Annual administration and progress report of the Indian Medical Department, Bombay
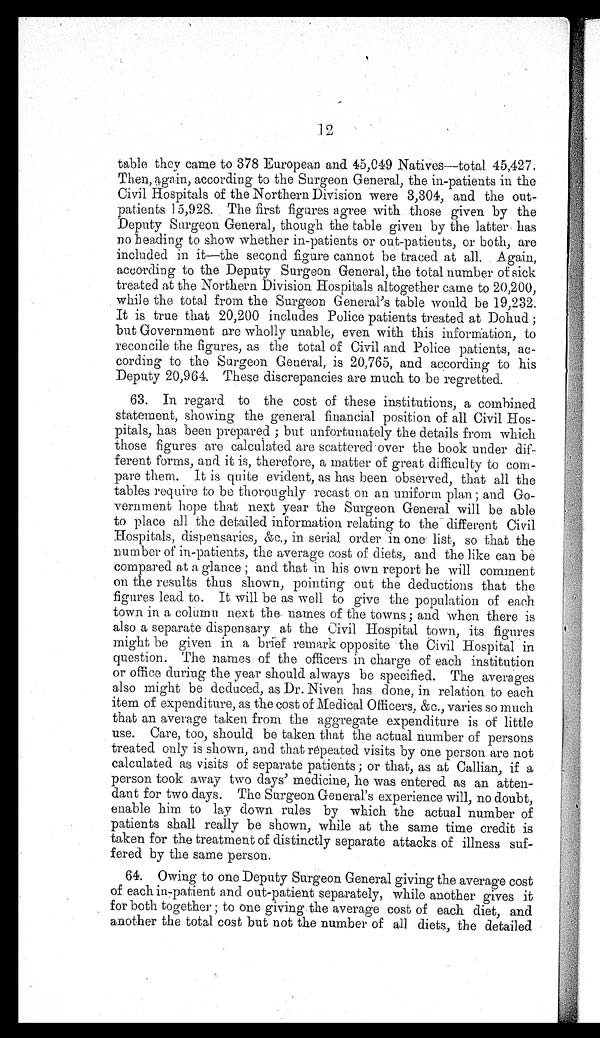
12
table they came to 378 European and 45,049 Natives—total 45,427.
Then, again, according to the Surgeon General, the in-patients in the
Civil Hospitals of the Northern Division were 3,304, and the out
-patients 15,928. The first figures agree with those given by the
Deputy Surgeon General, though the table given by the latter has
no heading to show whether in-patients or out-patients, or both, are
included in it—the second figure cannot be traced at all. Again,
according to the Deputy Surgeon General, the total number of sick
treated at the Northern Division Hospitals altogether came to 20,200,
while the total from the Surgeon General's table would be 19,232.
It is true that 20,200 includes Police patients treated at Dohud;
but Government are wholly unable, even with this information, to
reconcile the figures, as the total of Civil and Police patients, ac
-cording to the Surgeon General, is 20,765, and according to his
Deputy 20,964. These discrepancies are much to be regretted.
63. In regard to the cost of these institutions, a combined
statement, showing the general financial position of all Civil Hos
-pitals, has been prepared; but unfortunately the details from which
those figures are calculated are scattered over the book under dif
-ferent forms, and it is, therefore, a matter of great difficulty to com
-pare them. It is quite evident, as has been observed, that all the
tables require to be thoroughly recast on an uniform plan; and Go
-vernment hope that next year the Surgeon General will be able
to place all the detailed information relating to the different Civil
Hospitals, dispensaries, &c., in serial order in one list, so that the
number of in-patients, the average cost of diets, and the like can be
compared at a glance; and that in his own report he will comment
on the results thus shown, pointing out the deductions that the
figures lead to. It will be as well to give the population of each
town in a column next the names of the towns; and when there is
also a separate dispensary at the Civil Hospital town, its figures
might be given in a brief remark opposite the Civil Hospital in
question. The names of the officers in charge of each institution
or office during the year should always be specified. The averages
also might be deduced, as Dr. Niven has done, in relation to each
item of expenditure, as the cost of Medical Officers, &c., varies so much
that an average taken from the aggregate expenditure is of little
use. Care, too, should be taken that the actual number of persons
treated only is shown, and that repeated visits by one person are not
calculated as visits of separate patients; or that, as at Callian, if a
person took away two days' medicine, he was entered as an atten
-dant for two days. The Surgeon General's experience will, no doubt,
enable him to lay down rules by which the actual number of
patients shall really be shown, while at the same time credit is
taken for the treatment of distinctly separate attacks of illness suf
-fered by the same person.
64. Owing to one Deputy Surgeon General giving the average cost
of each in-patient and out-patient separately, while another gives it
for both together; to one giving the average cost of each diet, and
another the total cost but not the number of all diets, the detailed